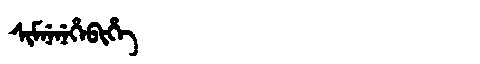
Manchu: ᠰᡳᠮᠨᡝᠨᡝᡥᡝᠪᡳᡥᡝ
Romanization: SIMNENEHEBIHE